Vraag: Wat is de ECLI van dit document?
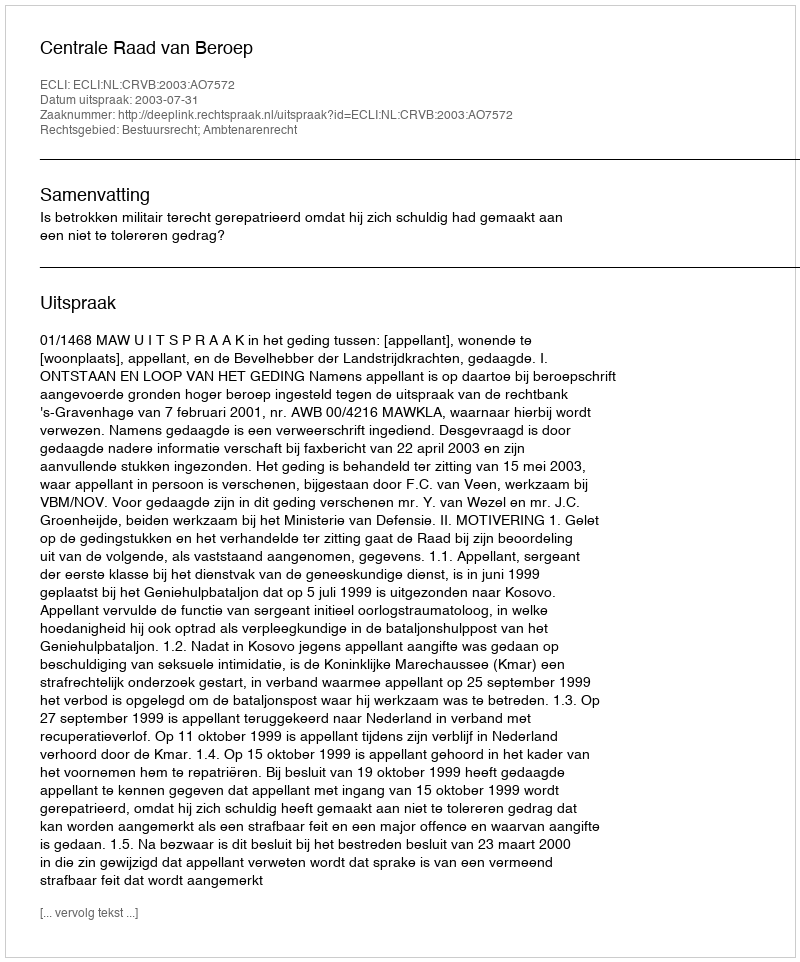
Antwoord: ECLI:NL:CRVB:2003:AO7572